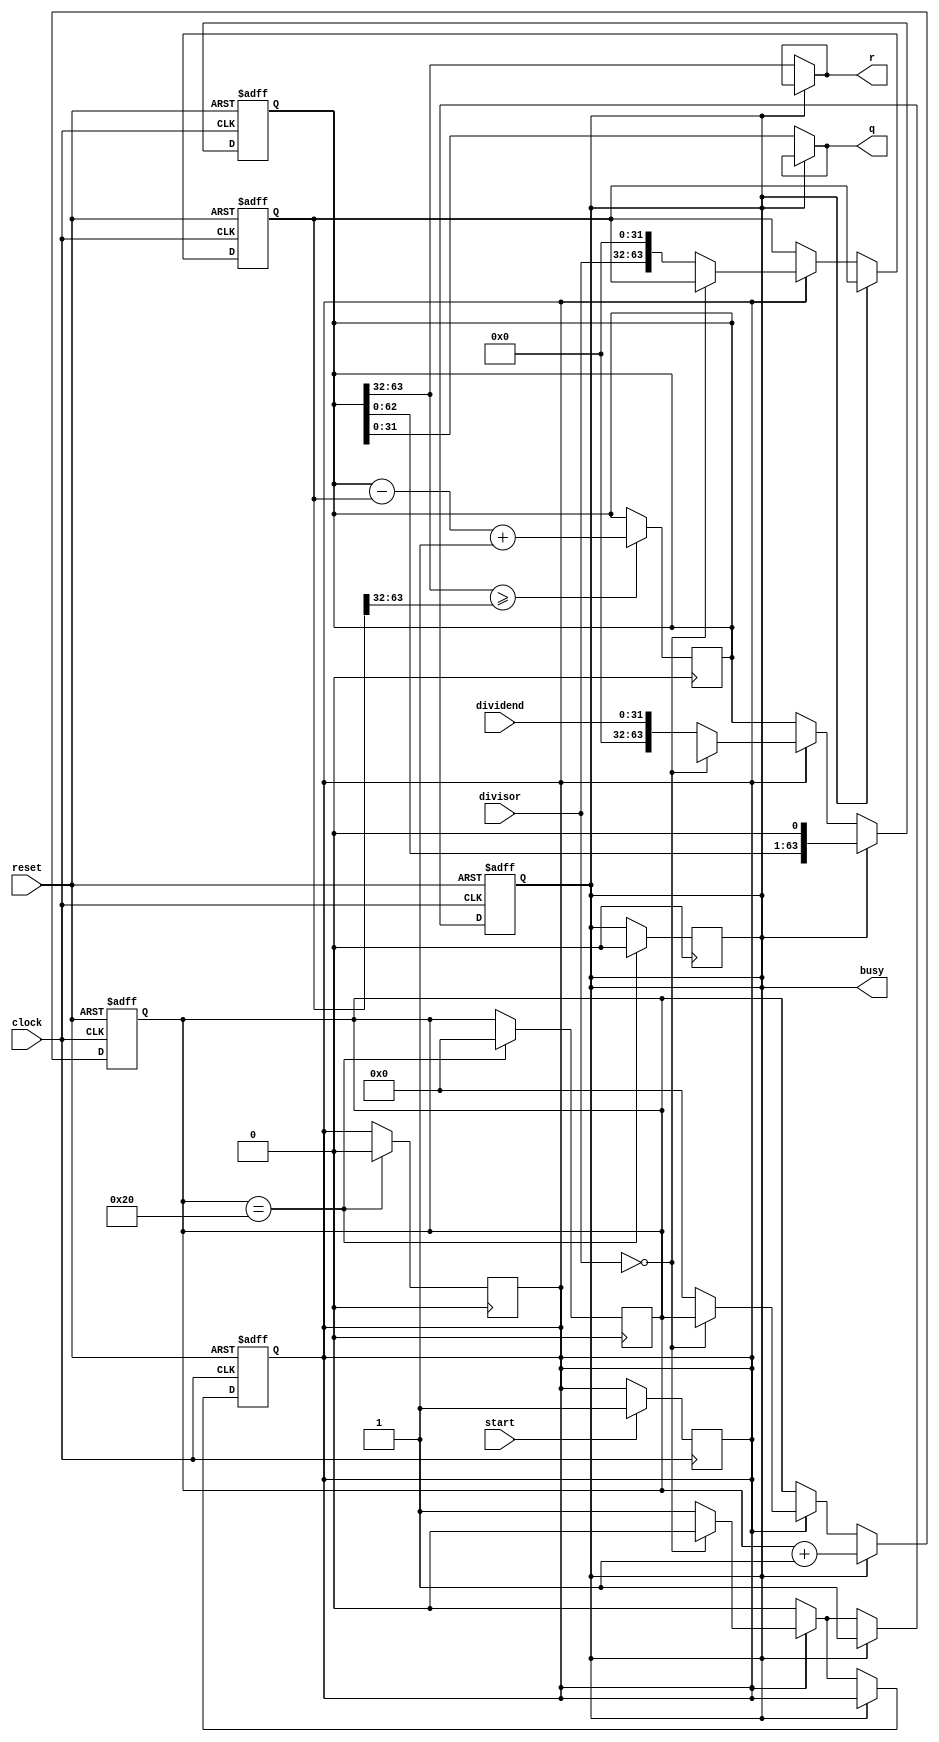
`timescale 1ns / 1ps

module DIVU(
    input [31:0] dividend,  //
    input [31:0] divisor,   //
    input start,            //
    input clock,
    input reset,
    output [31:0] q,        //
    output [31:0] r,        //    
    output reg busy        //
    );

    reg flag1=0;
    reg flag2=0;
    reg srt=0;
    reg [5:0] count=0;
    reg [63:0] reg_rq;  //r,q
    reg [63:0] reg_b;   //
    
    assign q = busy ? q:reg_rq[31:0];
    assign r = busy ? r:reg_rq[63:32];
    
    // 
    always @(negedge clock) begin   // start
        if(start == 1)begin
            srt <= 1;
        end
    end
    
    // 
    always @(posedge clock or posedge reset) begin
        if (reset == 1) begin
            count <= 6'b0;  busy <= 0;
            reg_rq <= 0;    reg_b <= 0;
            flag1 <= 0;     flag2 <= 0;
            srt <= 0;
            end
        else begin
            if (busy) begin
                reg_rq <= {reg_rq[62:0],1'b0};
                flag1 <= 1;
                count <= count + 1;
                flag2 <= 1; end
            else if (srt) begin
                if (divisor==0) begin
                    reg_rq <= 64'bx; busy <= 0; srt <= 0; end
                else begin
                    reg_rq <= {32'b0,dividend};
                    reg_b <= {divisor,32'b0};
                    count <= 6'b0;
                    busy <= 1'b1;
    end end end end
    
    // 
    always @(posedge flag1) begin
        if(reg_rq[63:32] >= reg_b[63:32]) begin
            reg_rq <= reg_rq - reg_b + 1'b1; end
        flag1 <= 0;
    end
    
    // 
    always @(posedge flag2) begin
        if (count == 6'b100000) begin
            srt <= 0; busy <= 0; count <= 0; end
        flag2 <= 0;
    end
endmodule